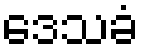
ဒေသခံ